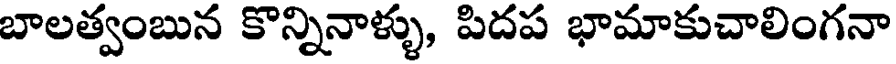
బాలత్వంబున కొన్నినాళ్ళు, పిదప భామాకుచాలింగనా